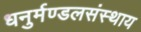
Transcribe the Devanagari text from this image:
धनुर्मण्डलसंस्थाय